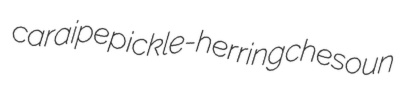
caraipe pickle-herring chesoun